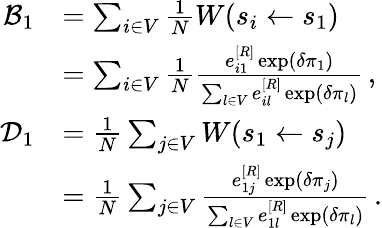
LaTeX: \begin{array}{rl}{\mathcal{B}_{1}}&{=\sum_{i\in V}\frac{1}{N}W(s_{i}\gets s_{1})}\\ &{=\sum_{i\in V}\frac{1}{N}\frac{e_{i1}^{[R]}\exp(\delta\pi_{1})}{\sum_{l\in V}e_{il}^{[R]}\exp(\delta\pi_{l})}\, ,}\\ {\mathcal{D}_{1}}&{=\frac{1}{N}\sum_{j\in V}W(s_{1}\gets s_{j})}\\ &{=\frac{1}{N}\sum_{j\in V}\frac{e_{1j}^{[R]}\exp(\delta\pi_{j})}{\sum_{l\in V}e_{1l}^{[R]}\exp(\delta\pi_{l})}\, .}\end{array}